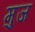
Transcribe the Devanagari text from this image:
मुज